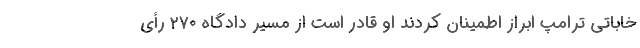
خاباتی ترامپ ابراز اطمینان کردند او قادر است از مسیر دادگاه ۲۷۰ رأی